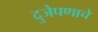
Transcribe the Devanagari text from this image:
दुजेपणाचे